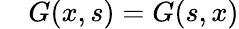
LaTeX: \quad G(x,s)=G(s,x)